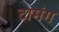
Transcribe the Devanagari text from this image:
टामंग